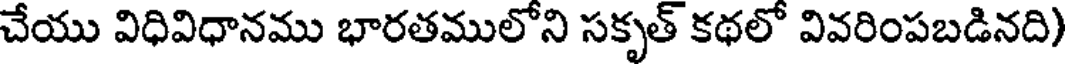
చేయు విధివిధానము భారతములోని సకృత్ కథలో వివరింపబడినది)